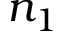
n _ { 1 }